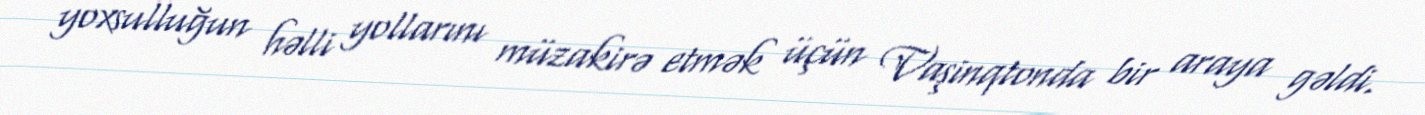
yoxsulluğun həlli yollarını müzakirə etmək üçün Vaşinqtonda bir araya gəldi.